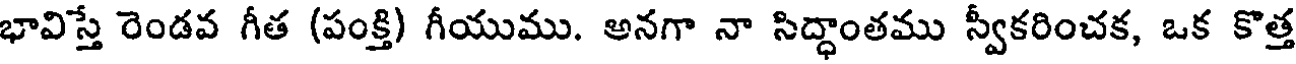
భావిస్తే రెండవ గీత (పంక్తి) గీయుము. అనగా నా సిద్ధాంతము స్వీకరించక, ఒక కొత్త